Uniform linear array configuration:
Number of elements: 8
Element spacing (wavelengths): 0.75
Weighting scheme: hamming
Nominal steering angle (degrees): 45
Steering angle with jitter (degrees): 46.19
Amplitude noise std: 0.05
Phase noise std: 0.05

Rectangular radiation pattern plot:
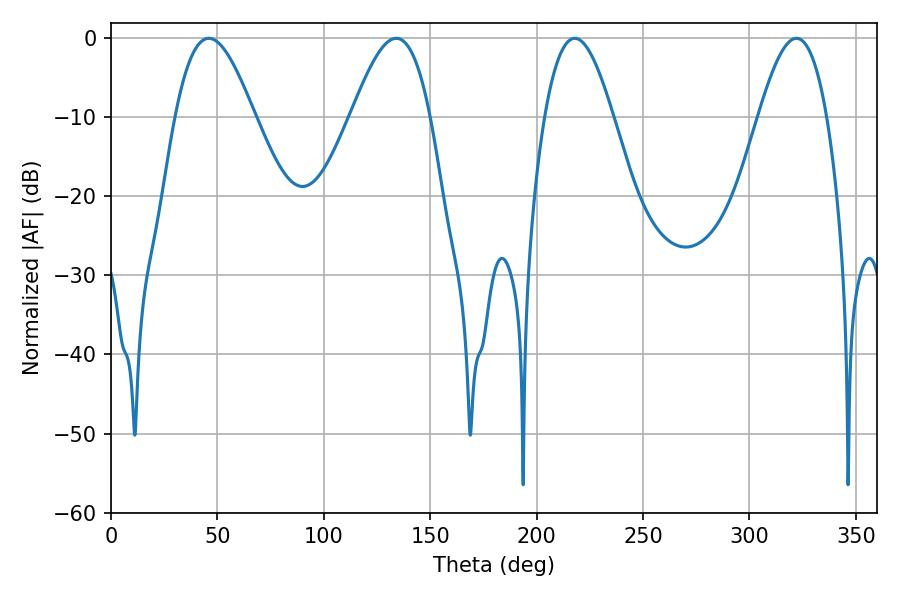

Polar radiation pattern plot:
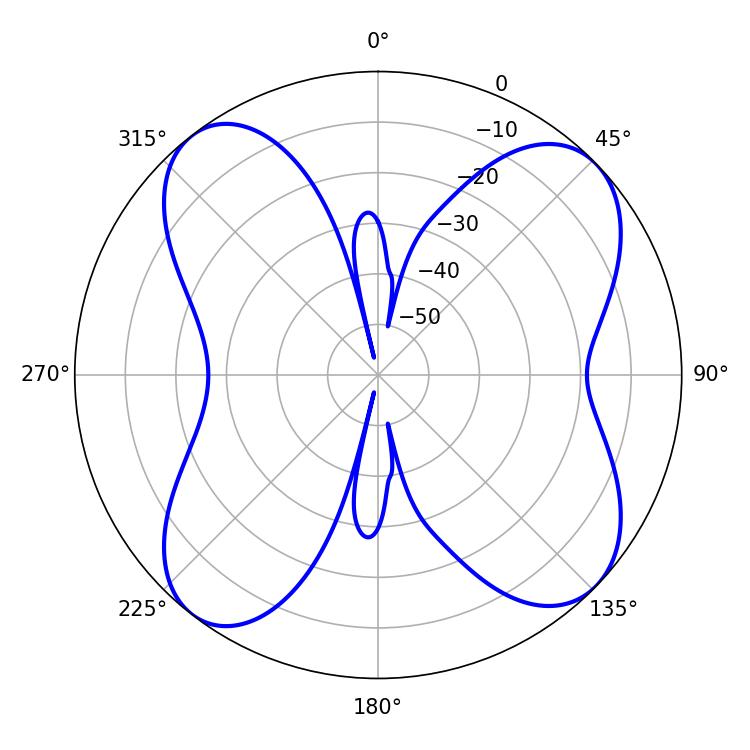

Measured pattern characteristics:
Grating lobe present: TRUE
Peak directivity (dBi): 11.223
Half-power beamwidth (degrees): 19.98
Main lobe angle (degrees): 45.9